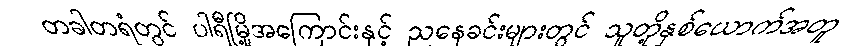
တခါတရံတွင် ပါရီမြို့အကြောင်းနှင့် ညနေခင်းများတွင် သူတို့နှစ်ယောက်အတူ